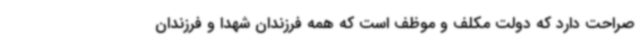
صراحت دارد که دولت مکلف و موظف است که همه فرزندان شهدا و فرزندان